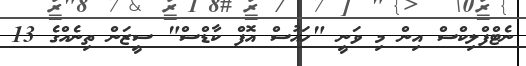
ނެޓްފްލިކްސް އިން މި ވަނީ "ހައުސް އޮފް ކާޑްސް" ސީޒަން ތިނެއްގެ 13